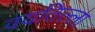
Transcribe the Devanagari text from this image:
वयतिल्ला